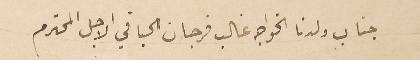
جناب ولدنا الخواجه غالب فرجان الحباقي الاجل المحترم